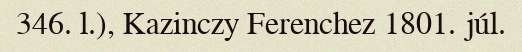
346. l.), Kazinczy Ferenchez 1801. júl.